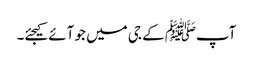
آپﷺ کے جی میں جو آئے کیجئے۔